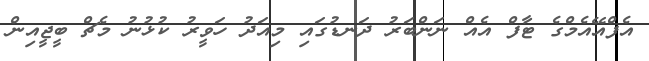
އެފްއޭއެމްގެ ޓާފް އެއް ނަންބަރު ދަނޑުގައި މިއަދު ހަވީރު ކުޅުނު މެޗް ބީޖީއިން